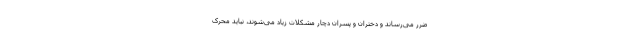
ضرر می‌رساند و دختران و پسران دچار مشکلات زیاد می‌شوند، نباید محرک